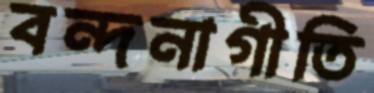
বন্দনাগীতি